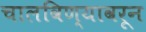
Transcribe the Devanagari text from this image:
चालविण्यावरून